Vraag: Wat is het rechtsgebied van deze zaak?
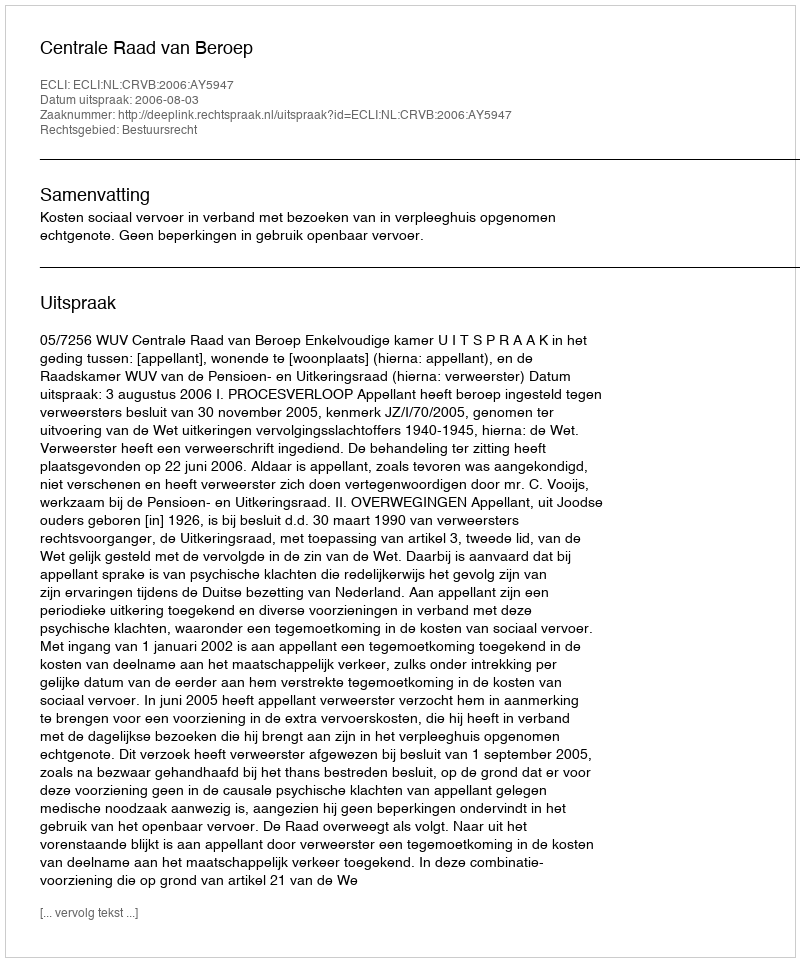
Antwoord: Bestuursrecht